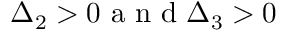
\Delta _ { 2 } > 0 \mathrm { ~ a ~ n ~ d ~ } \Delta _ { 3 } > 0